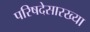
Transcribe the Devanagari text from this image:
परिषदेसारख्या